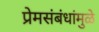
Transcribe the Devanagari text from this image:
प्रेमसंबंधांमुळे